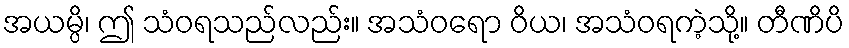
အယမ္ပိ၊ ဤ သံဝရသည်လည်း။ အသံဝရော ဝိယ၊ အသံဝရကဲ့သို့။ တီဏိပိ